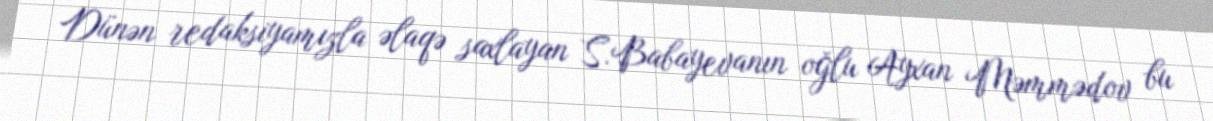
Dünən redaksiyamızla əlaqə saxlayan S.Babayevanın oğlu Ayxan Məmmədov bu